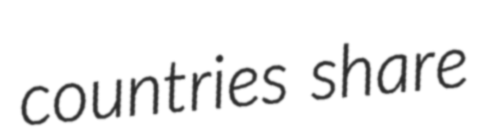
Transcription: countries share